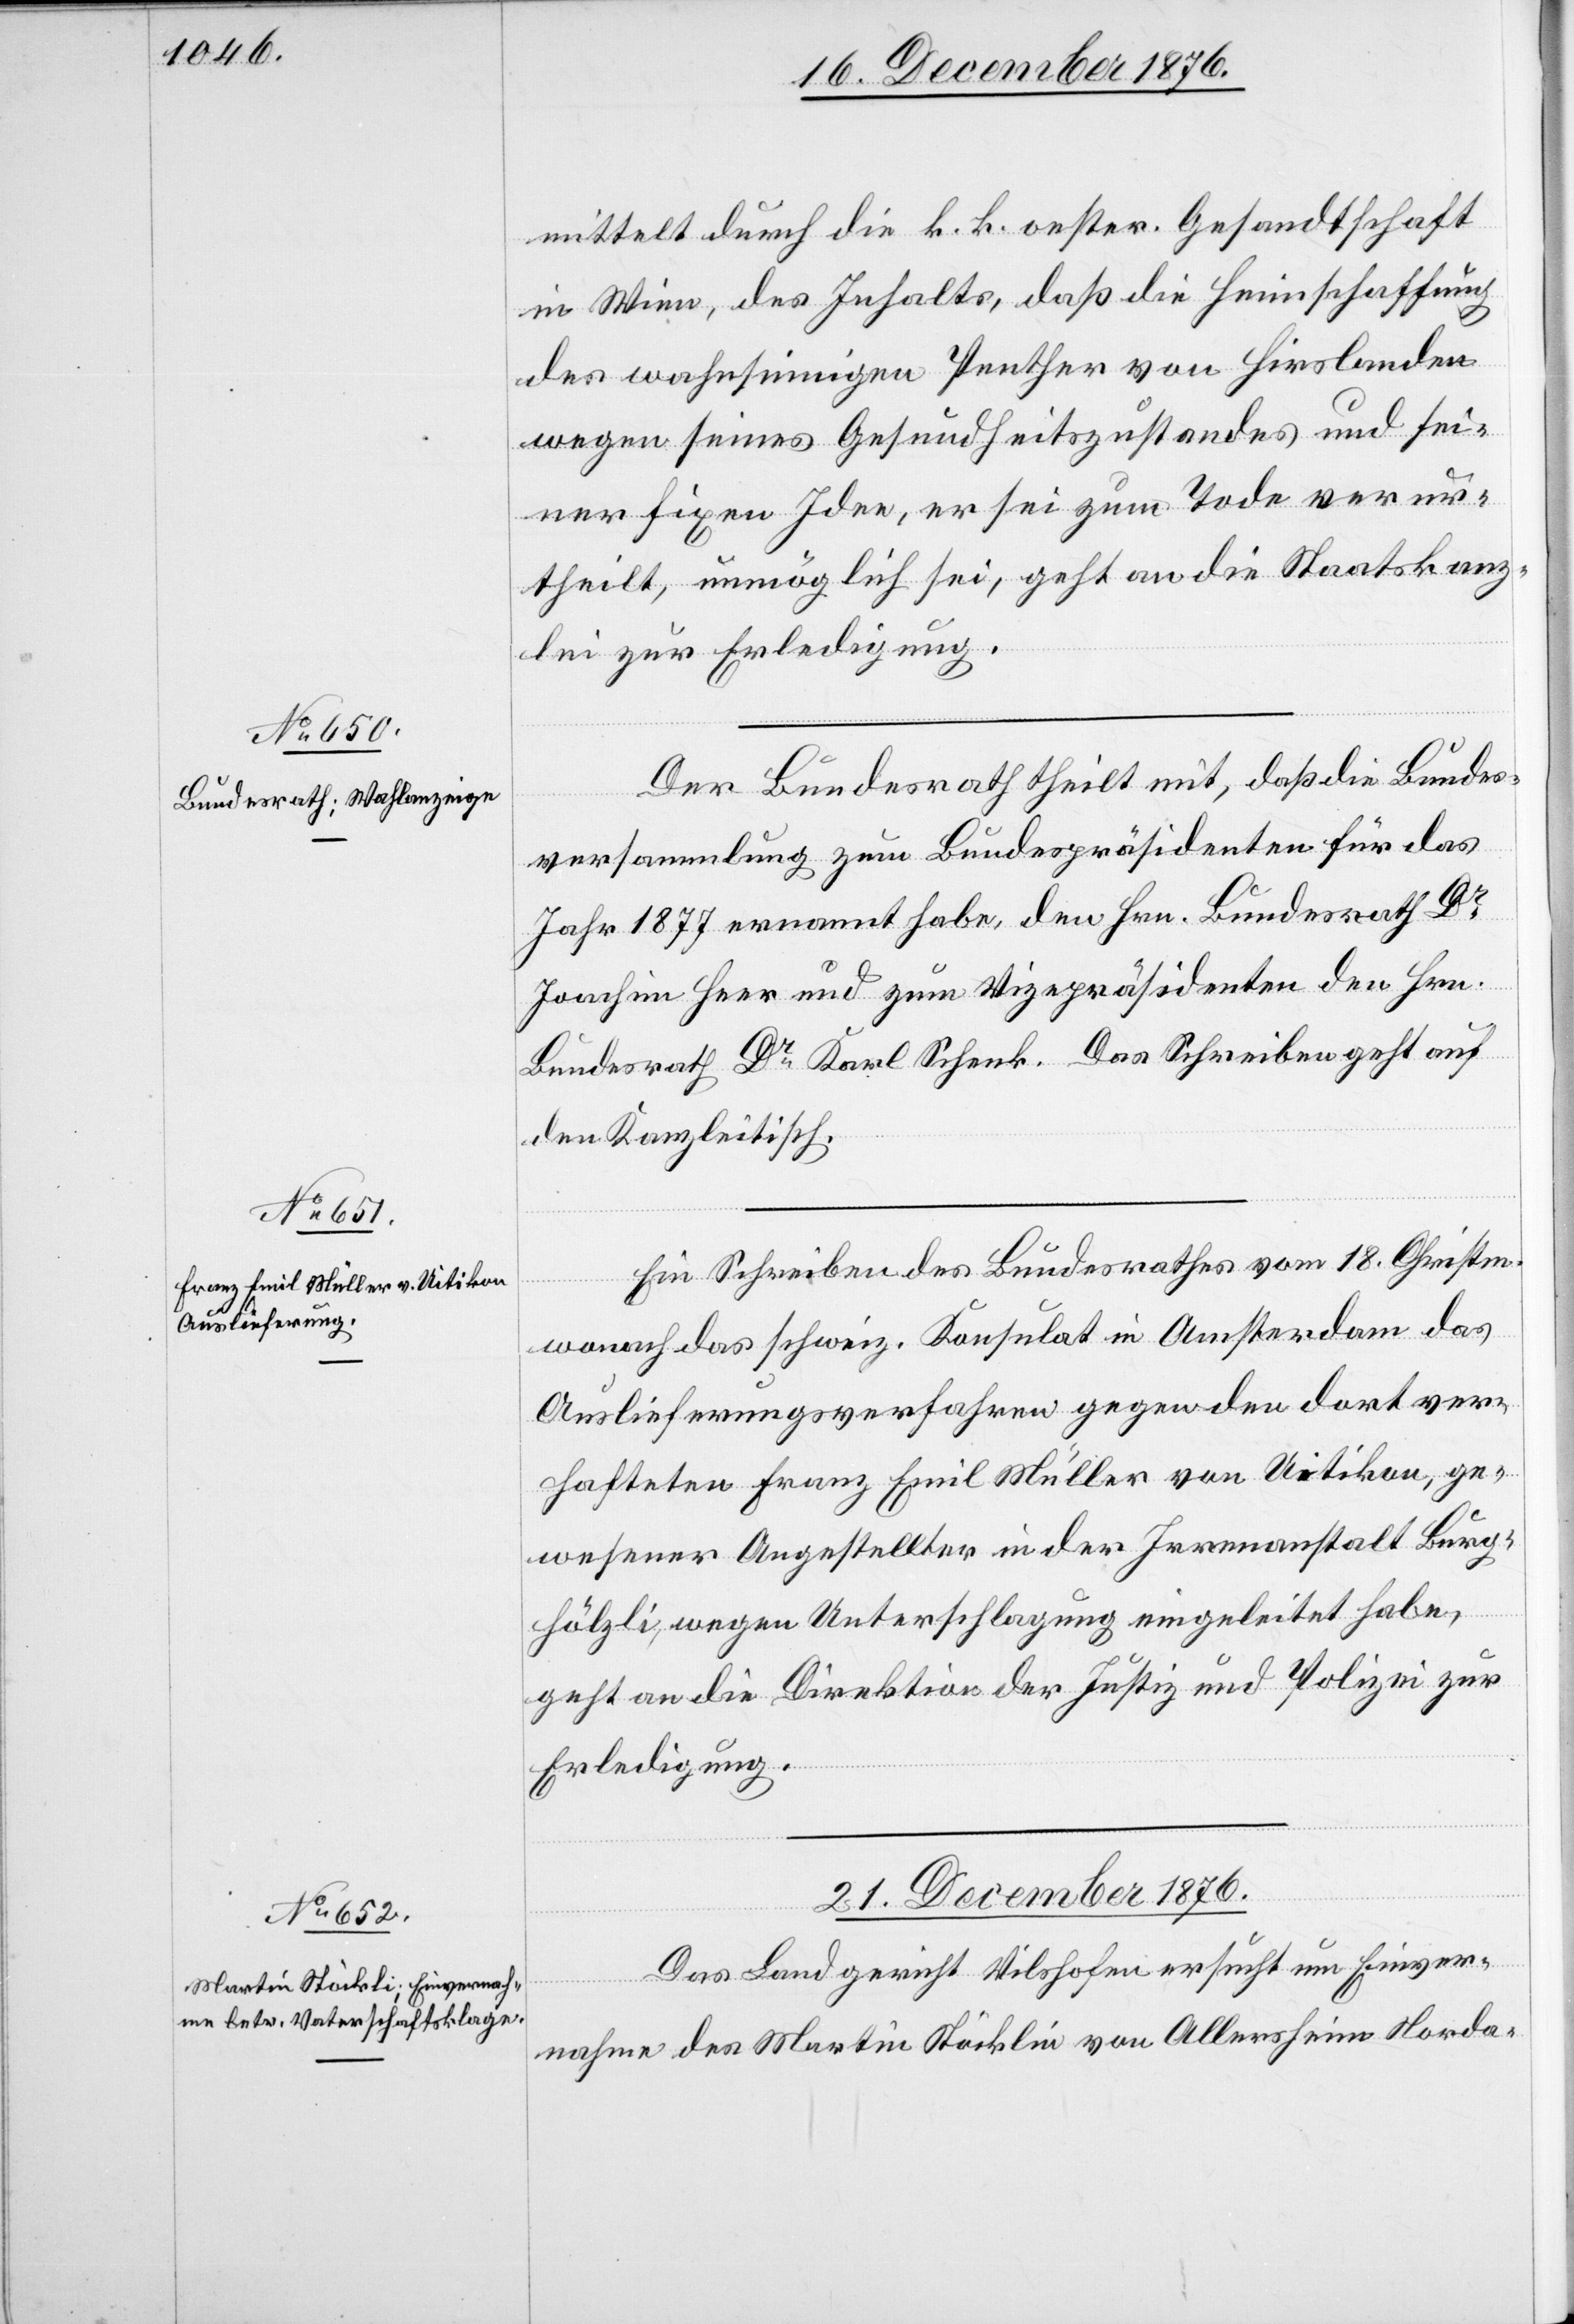
mittelt durch die k. k. oester. Gesandtschaft
in Wien, des Inhalts, daß die Heimschaffung
des wahnsinnigen Peether von Hirslanden
wegen seines Gesundheitszustandes und sei¬
ner fixen Idee, er sei zum Tode verur¬
theilt, unmöglich sei, geht an die Staatskanz¬
lei zur Erledigung.
Der Bundesrath theilt mit, daß die Bundes¬
versammlung zum Bundespräsidenten für das
Jahr 1877 ermahnt habe, den Hrn. Bundesrath Dr
Joachim Heer und zum Vizepräsidenten den Hrn.
Bundesrath Dr Karl Schenk. Das Schreiben geht auf
den Kanzleitisch.
Ein Schreiben des Bundesrathes vom 18. Christm.
wonach das schweiz. Konsulat in Amsterdam das
Auslieferungsverfahren gegen den dort ver¬
hafteten Franz Emil Müller von Uitikon, ge¬
wesener Angestellter in der Irrenanstalt Burg¬
hölzli, wegen Unterschlagung eingeleitet habe,
geht an die Direktion der Justiz und Polizei zur
Erledigung.
21. December 1876.
Das Landgericht Vilshofen ersucht um Einver¬
nahme des Martin Stöcklin [sic!] von Allersheim Norda-